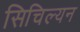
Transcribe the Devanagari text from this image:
सिचिल्यन